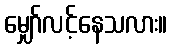
မျှော်လင့်နေသလား။